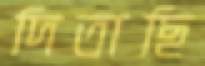
দিতাছি